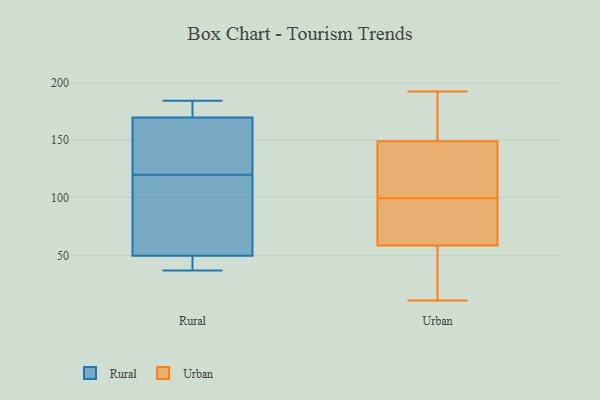
{"axis": {"x": "Tickets Resolved", "y": "Value"}, "legend": ["Rural", "Urban"], "data": [{"x": "", "y": 40, "type": "Rural"}, {"x": "", "y": 184, "type": "Rural"}, {"x": "", "y": 168, "type": "Rural"}, {"x": "", "y": 139, "type": "Rural"}, {"x": "", "y": 97, "type": "Rural"}, {"x": "", "y": 160, "type": "Rural"}, {"x": "", "y": 37, "type": "Rural"}, {"x": "", "y": 38, "type": "Rural"}, {"x": "", "y": 181, "type": "Rural"}, {"x": "", "y": 86, "type": "Rural"}, {"x": "", "y": 120, "type": "Rural"}, {"x": "", "y": 53, "type": "Rural"}, {"x": "", "y": 174, "type": "Rural"}, {"x": "", "y": 52, "type": "Urban"}, {"x": "", "y": 66, "type": "Urban"}, {"x": "", "y": 107, "type": "Urban"}, {"x": "", "y": 140, "type": "Urban"}, {"x": "", "y": 17, "type": "Urban"}, {"x": "", "y": 156, "type": "Urban"}, {"x": "", "y": 92, "type": "Urban"}, {"x": "", "y": 11, "type": "Urban"}, {"x": "", "y": 175, "type": "Urban"}, {"x": "", "y": 192, "type": "Urban"}, {"x": "", "y": 65, "type": "Urban"}, {"x": "", "y": 142, "type": "Urban"}]}